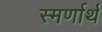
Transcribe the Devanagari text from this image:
स्मर्णार्थ